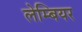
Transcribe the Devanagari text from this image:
लेम्बियर